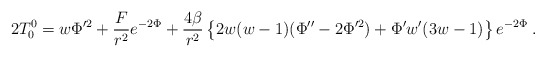
\begin{align*}2 T^0_0 = w \Phi'^2 + \frac{{ F}}{r^2} e^{-2\Phi} +\frac{4 \beta}{r^2}\left\{2w(w -1)(\Phi'' - 2\Phi'^2) +\Phi' w'(3w - 1)\right\}e^{-2\Phi}\; .\end{align*}